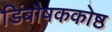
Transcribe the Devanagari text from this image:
डिंबौषककोष्ठ